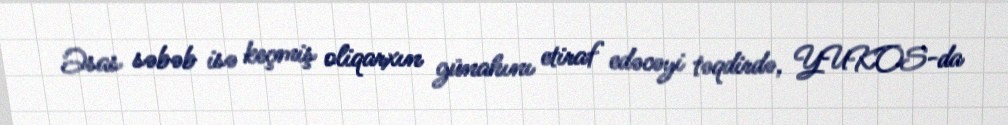
Əsas səbəb isə keçmiş oliqarxın günahını etiraf edəcəyi təqdirdə, YUKOS-da